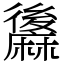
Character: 䵈